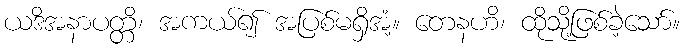
ယဒိအနာပတ္တိ၊ အကယ်၍ အပြစ်မရှိအံ့။ တေနဟိ၊ ထိုသို့ဖြစ်ခဲ့သော်။